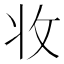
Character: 𭣣